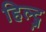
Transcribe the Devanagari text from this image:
हिल्ट्ज़